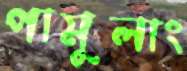
পামুলাং